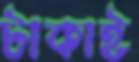
টাকাই